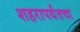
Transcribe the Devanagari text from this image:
शहरापर्यंतचा